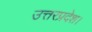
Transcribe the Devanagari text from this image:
उत्तरप्रदेश।